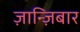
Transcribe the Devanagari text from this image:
ज़ान्ज़िबार